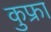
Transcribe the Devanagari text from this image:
कुफ्रा